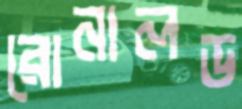
রোনালড